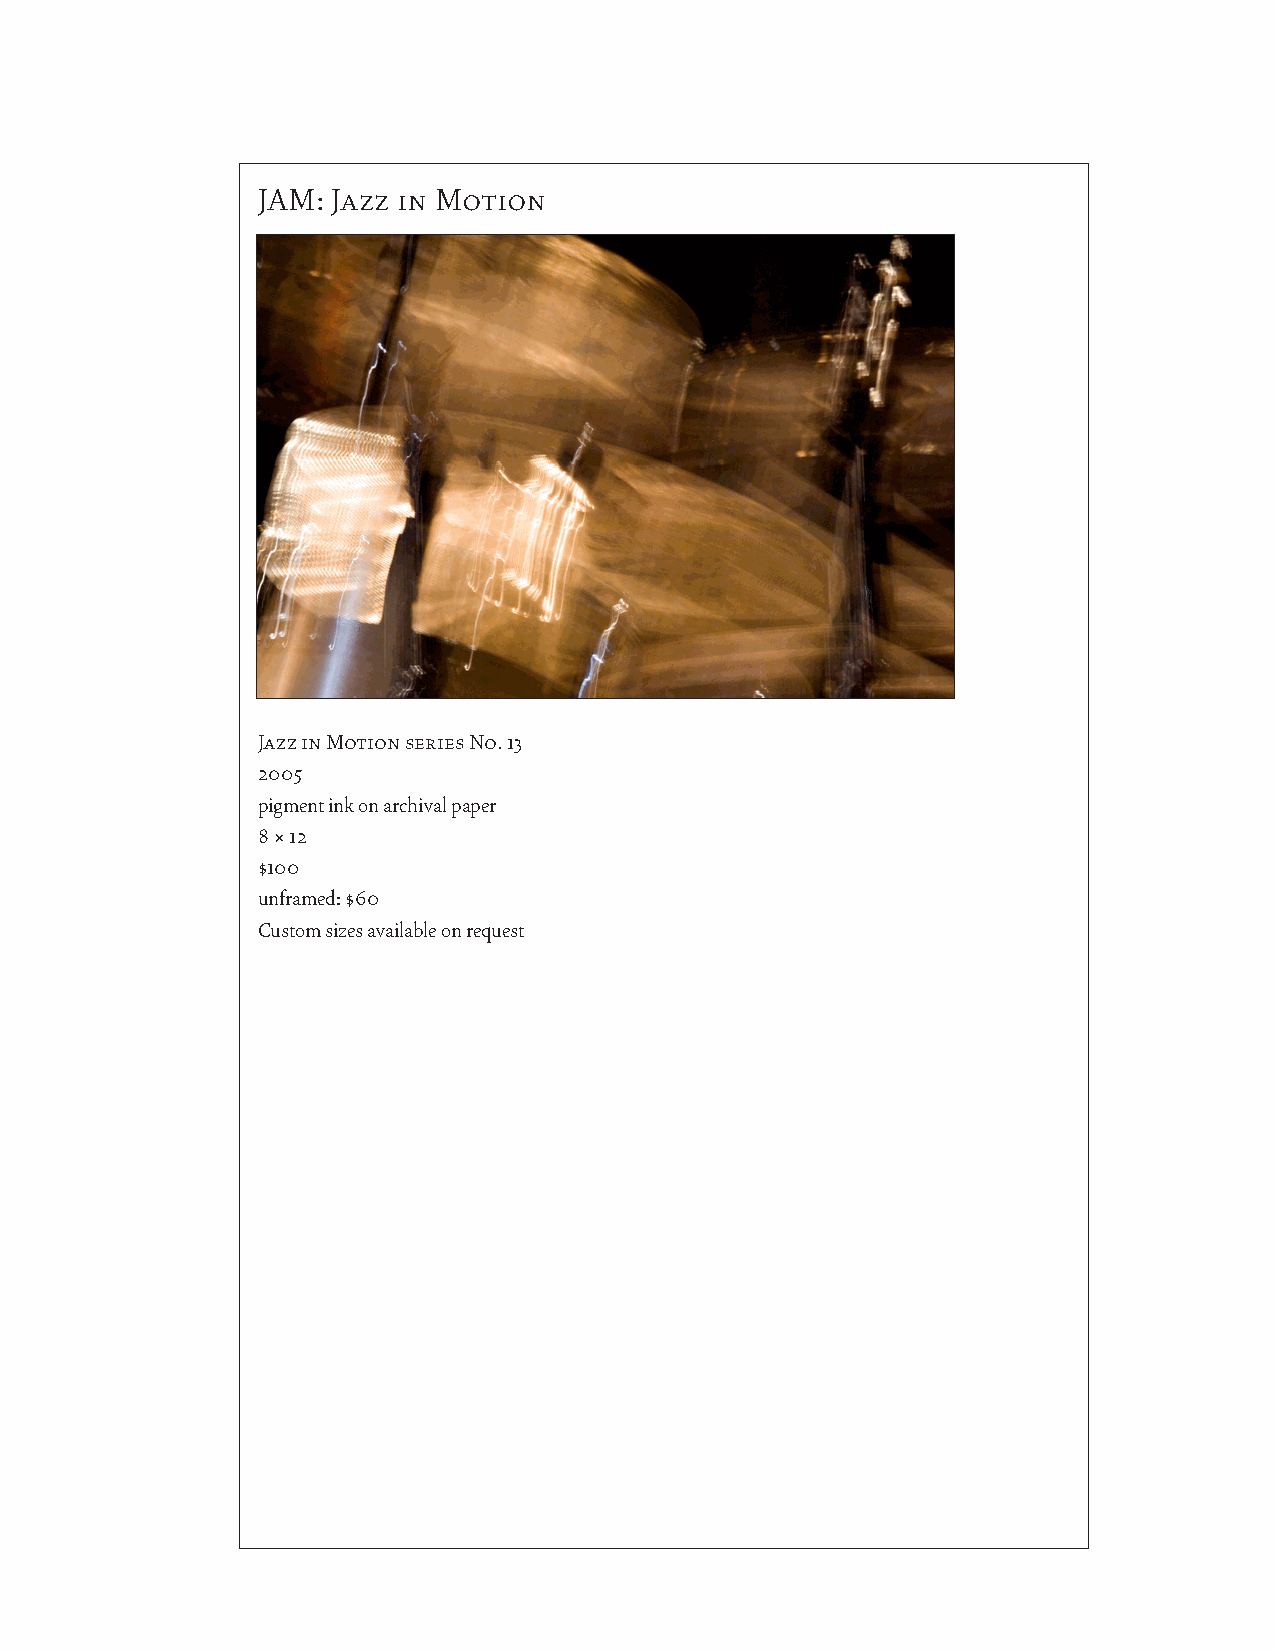
JAM: Jazz in Motion
 Jazz in Motion series No. 13
 2005
 pigment ink on archival paper
 8 × 12
 $100
 unframed: $60
 Custom sizes available on request